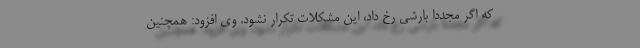
که اگر مجدداً بارشی رخ داد، این مشکلات تکرار نشود. وی افزود: همچنین